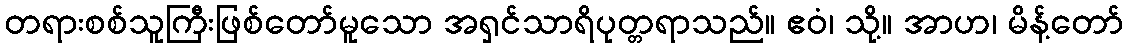
တရားစစ်သူကြီးဖြစ်တော်မူသော အရှင်သာရိပုတ္တရာသည်။ ဧဝံ၊ သို့။ အာဟ၊ မိန့်တော်